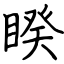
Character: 睽